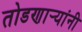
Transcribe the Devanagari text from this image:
तोडणार्‍यांनी